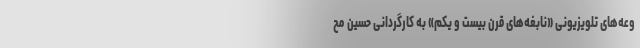
وعه‌های تلویزیونی «نابغه‌های قرن بیست و یکم» به کارگردانی حسین مح